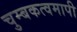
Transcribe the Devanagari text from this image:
चुम्बकत्वमापी